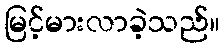
မြင့်မားလာခဲ့သည်။